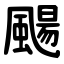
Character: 颺